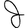
Character: J